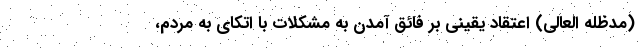
(مدظله العالی) اعتقاد یقینی بر فائق آمدن به مشکلات با اتکای به مردم،